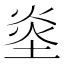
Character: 烾